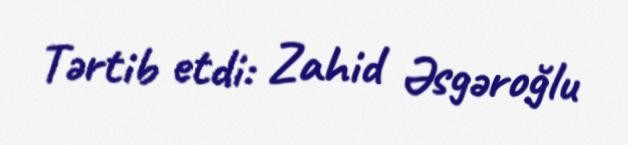
Tərtib etdi: Zahid Əsgəroğlu